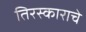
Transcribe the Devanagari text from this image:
तिरस्काराचे